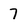
Character: 7